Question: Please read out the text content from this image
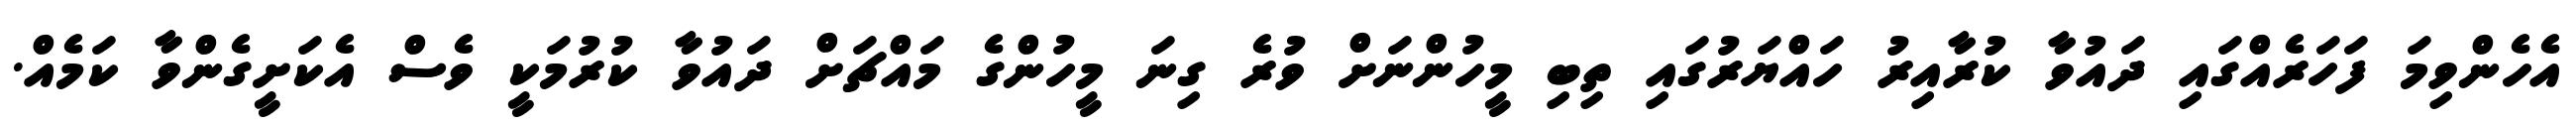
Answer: އެހެންވިމަ ފަހަރެއްގައި ދައުވާ ކުރާއިރު ހައްޔަރުގައި ތިބި މީހުންނަށް ވުރެ ގިނަ މީހުންގެ މައްޗަށް ދައުވާ ކުރުމަކީ ވެސް އެކަށީގެންވާ ކަމެއް.